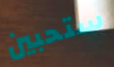
ستحبين